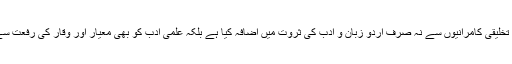
انھوں نے اپنی تخلیقی کامرانیوں سے نہ صرف اردو زبان و ادب کی ثروت میں اضافہ کیا ہے بلکہ علمی ادب کو بھی معیار اور وقار کی رفعت سے آشنا کیا ہے۔